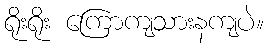
ရိုးရိုး ကြောကျသားနကျပဲ။